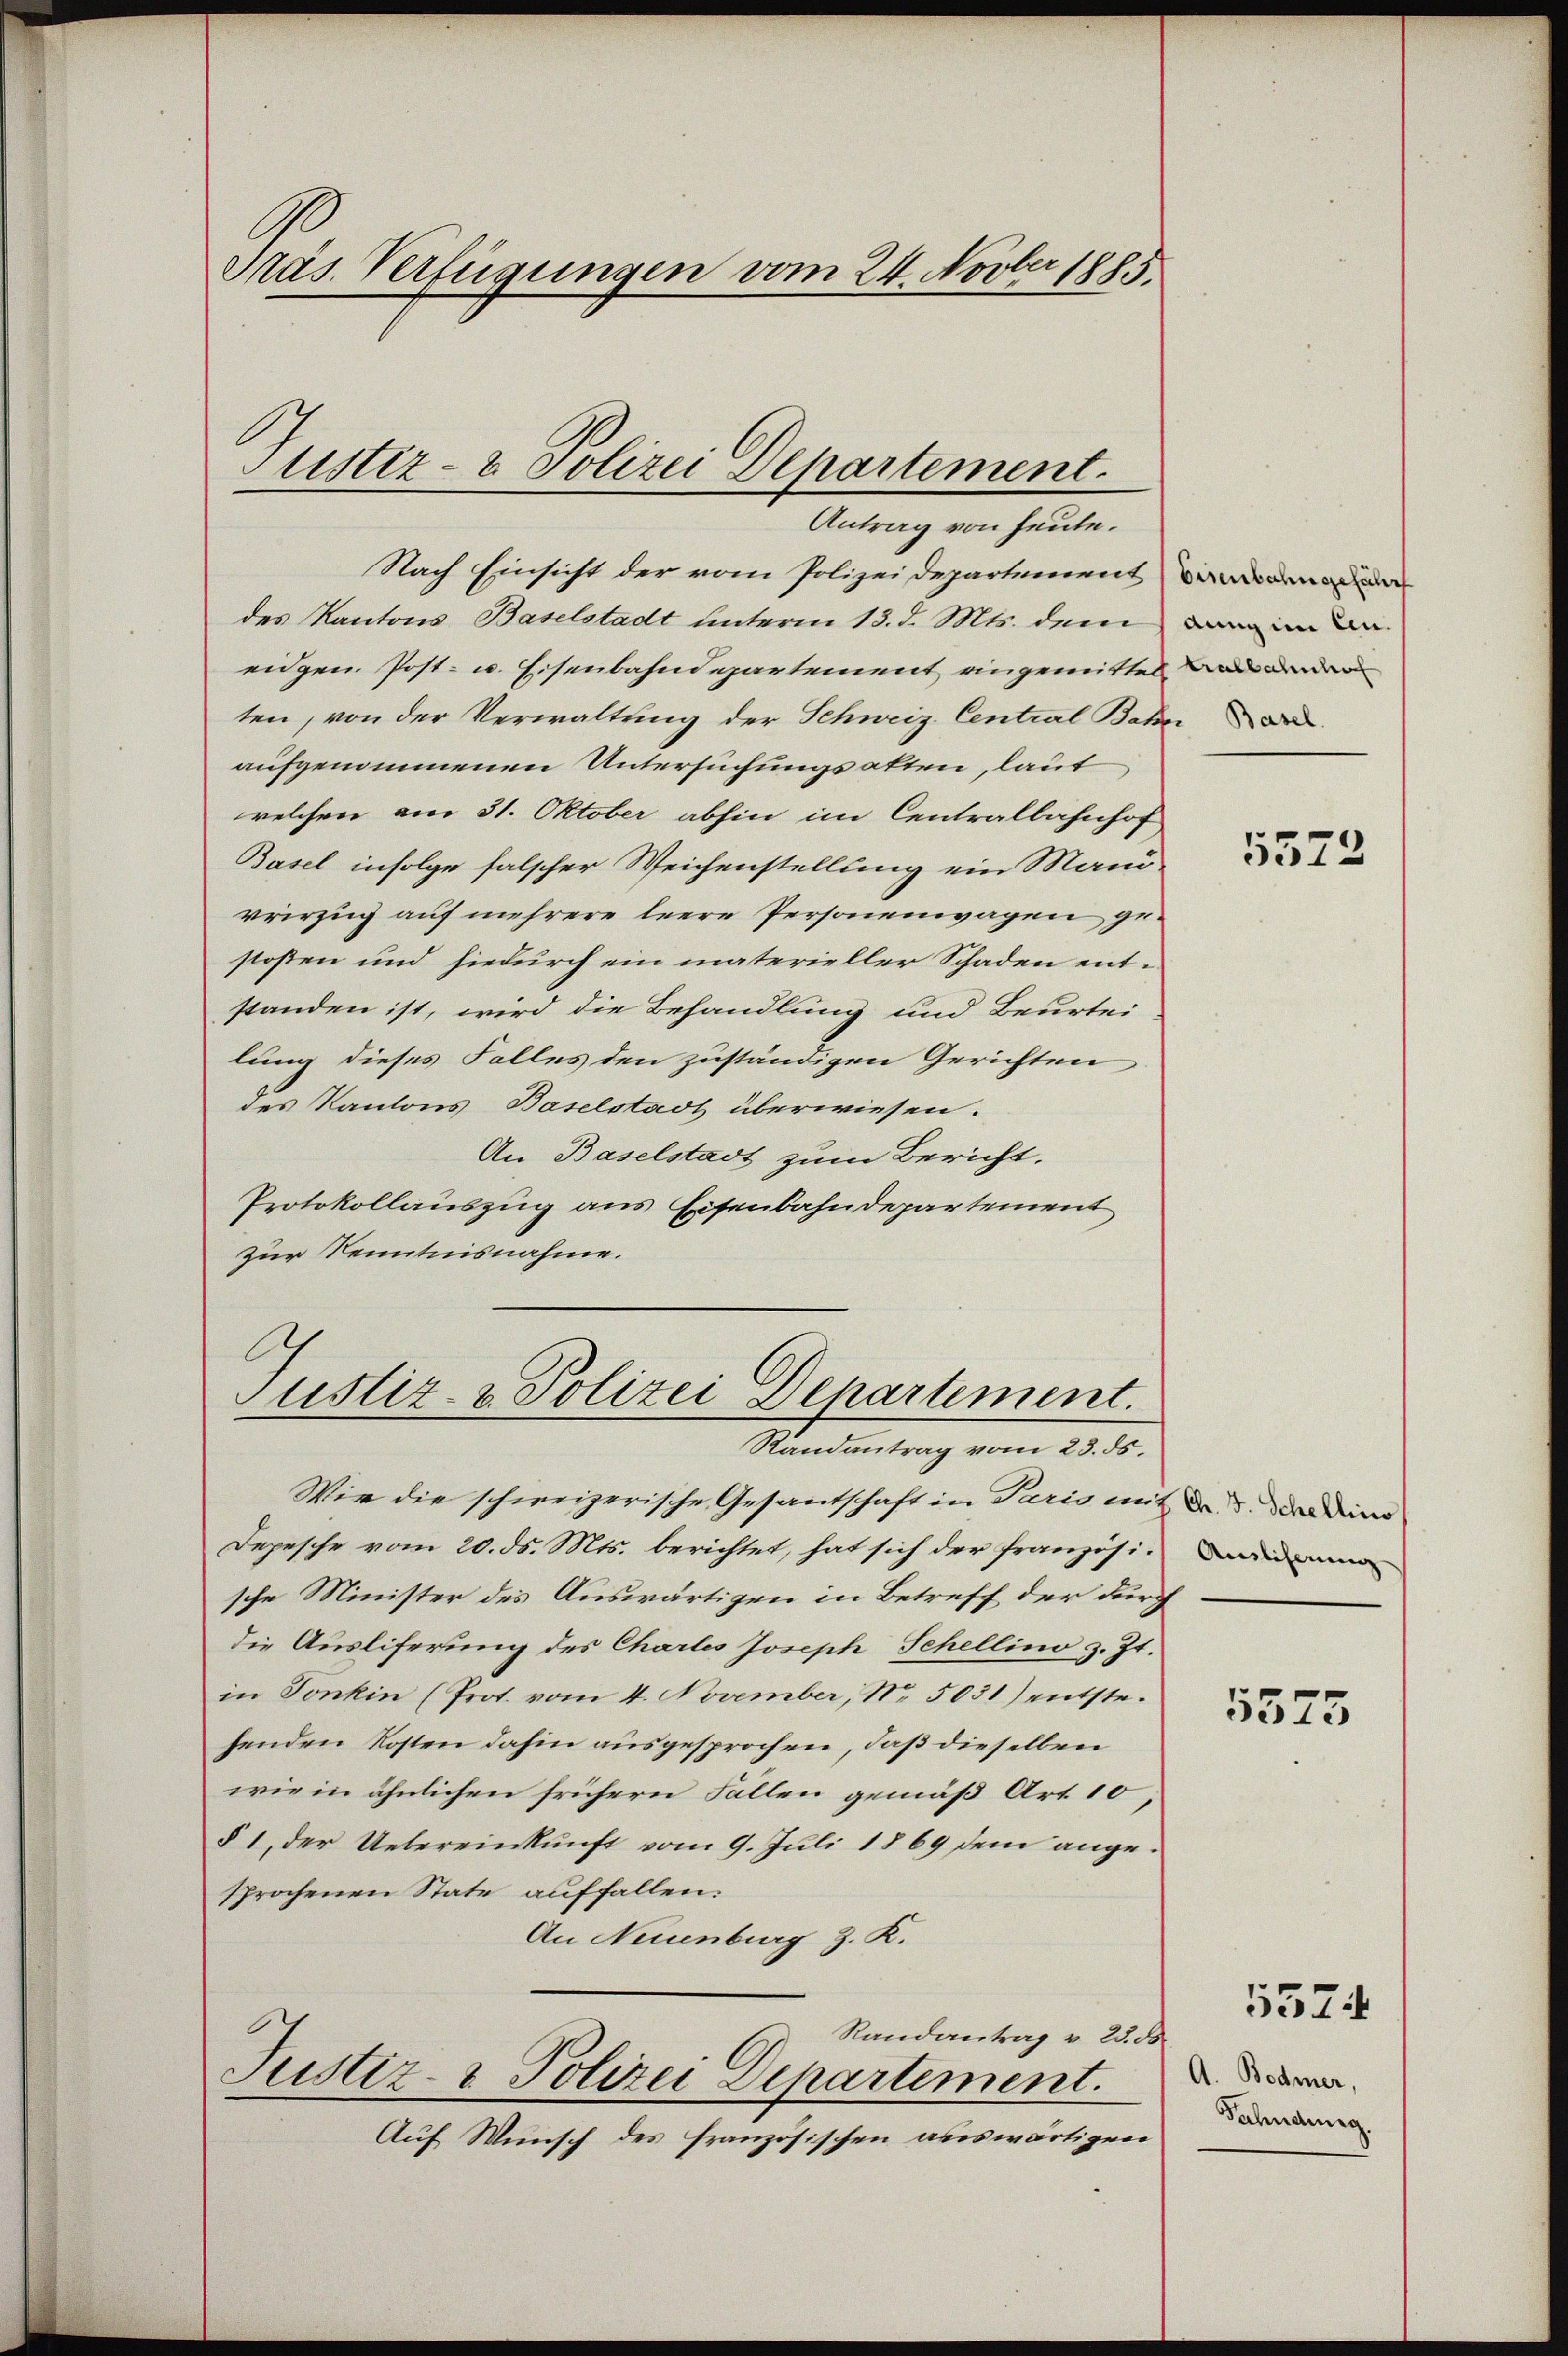
Präs. Verfügungen vom 24. Novber 1885.

Justiz- & Polizei Departement.
Antrag von heute.

Nach Einsicht der vom Polizeidepartement
des Kantons Baselstadt unterm 13. d. Mts. dem ein an
eidgen. Post- u. Eisenbahndepartement eingemittel den
ten, von der Verwaltung der Schweiz. Central Bahn
aufgenommenen Untersuchungsakten, laut
welchen am 31. Oktober abhin im Centralbahnhof
Basel infolge falscher Weichenstellung ein Mani-
vrirzug auf mehrere leere Personenwagen zu-
stossen und hiedurch ein materieller Schaden entstanden ist, wird die Behandlung und Beurtei-
lung dieses Falles den zuständigen Gerichten
des Kantons Baselstadt überwiesen.
An Baselstadt zum Bericht.
Protokollauszug aus Eisenbahndepartement
zur Kenntnisnahme.

Justiz- & Polizei Departement.
Randantrag vom 23. ds.

Wir die schweizerische Gesantschaft in Paris mit de der Deiner
Depesche vom 20. ds. Mts. berichtet, hat sich der französische Minister des Auswärtigen in Betreff der durch
die Ausliferung des Chartes Joseph Schellino z. Zt.
in Tonkin (Prot. vom 4. November, No. 5031) entstehenden Kosten dahin ausgesprochen, daß dieselben
wie in ähnlichen frühern Fällen gemäß Art. 10,
§ 1, der Uebereinkunft vom 9. Juli 1869 dem angesprochenen State auffallen.
An Neuenburg z. K.
Randantrag v. 23. ds.
Justiz- & Polizei Departement.
Auf Wunsch des französischen auswärtigen

5572

Ainlicherung

5573

A. Bodmer,
Fahndung

5574